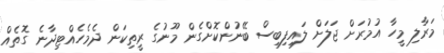
މަރާލި މީހާ އުމުރަށް ޖަލަށް ލައިފިބިސް ބޭނުންކޮށްގެން މޫނުގެ ރީތިކަން ދެމެހެއްޓިދާނެ ގޮތެއް